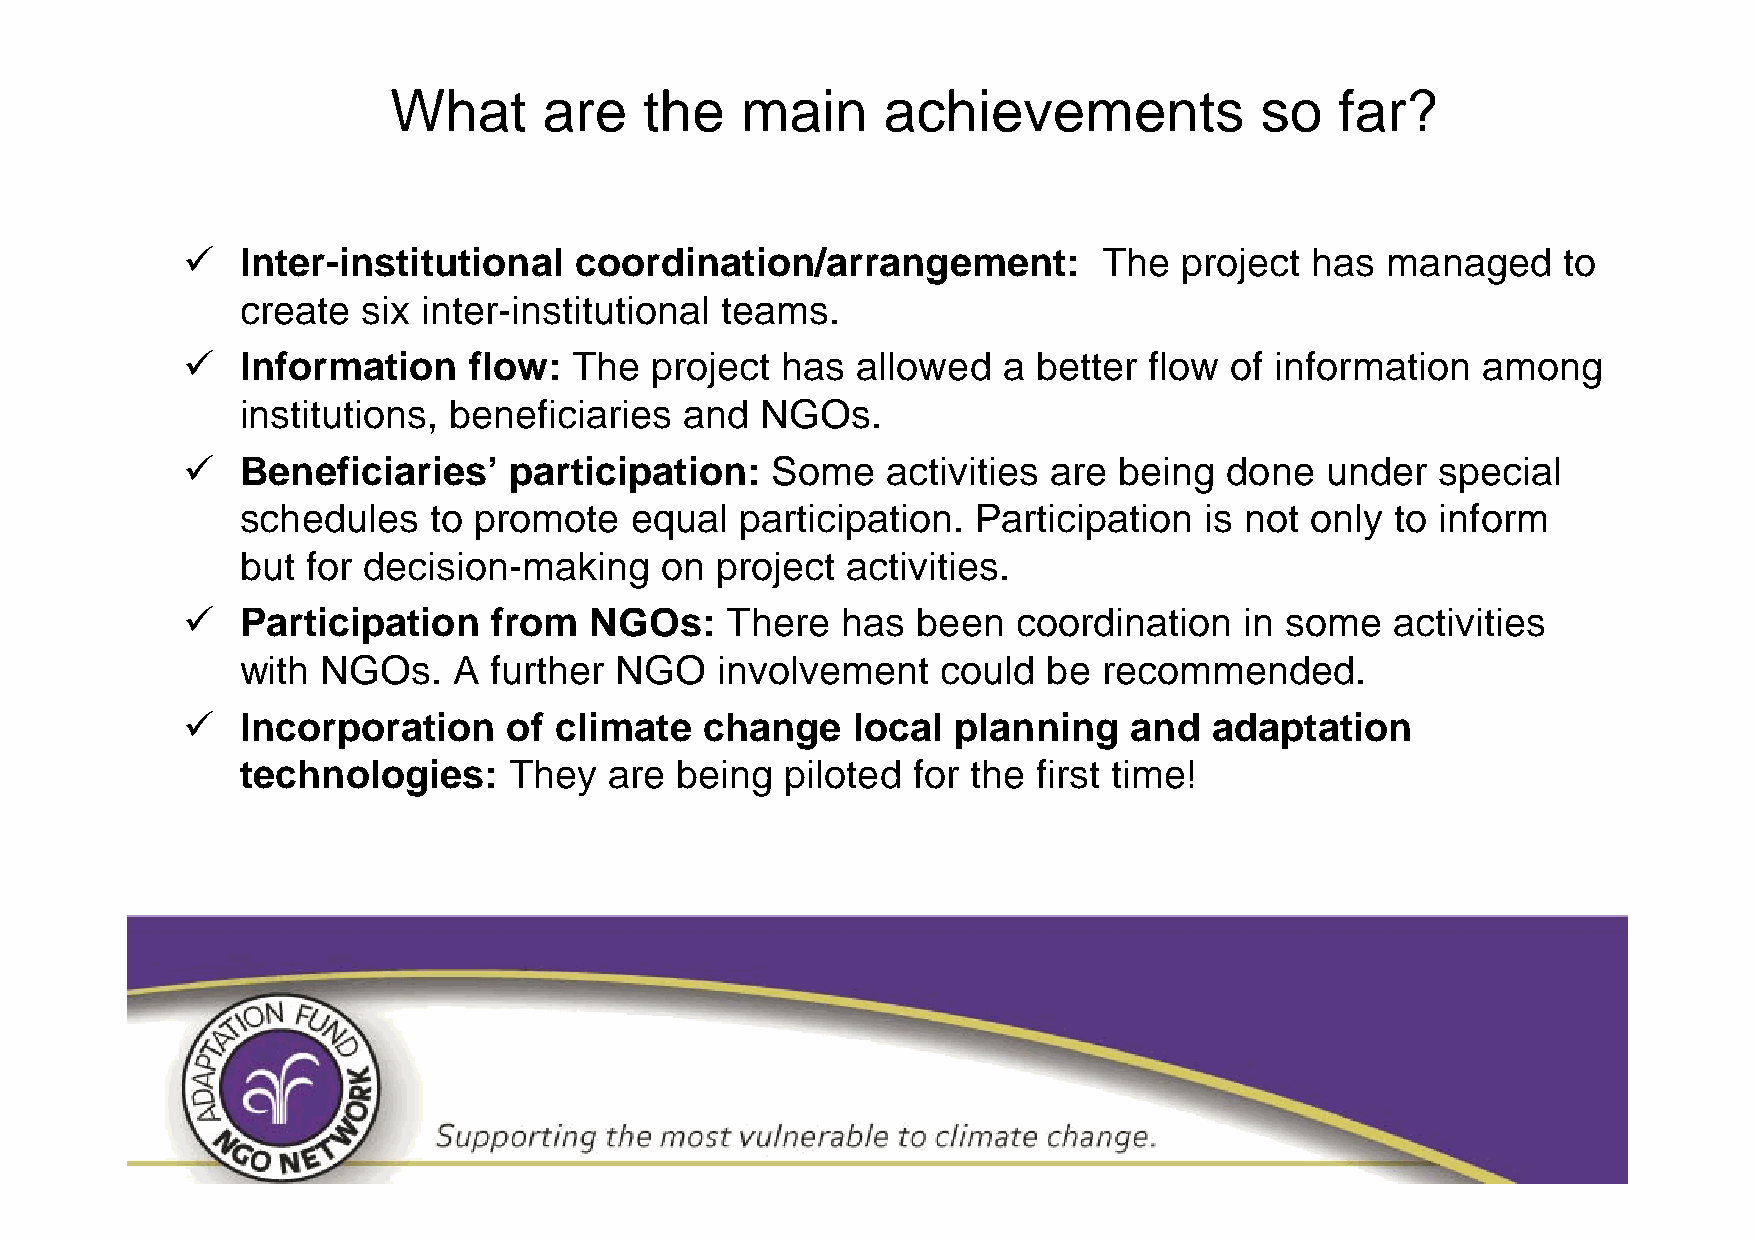
What      are    the   main     achievements             so    far?
    Inter-institutional   coordination/arrangement:          The  project  has  managed    to
 create  six inter-institutional teams.
    Information    flow:  The  project  has  allowed  a  better flow of information   among
 institutions, beneficiaries  and  NGOs.
    Beneficiaries’    participation:   Some    activities are being  done   under  special
 schedules   to promote    equal  participation.  Participation  is not only to inform
 but for decision-making     on project  activities.
    Participation   from   NGOs:    There   has  been  coordination   in some   activities
 with NGOs.    A further  NGO   involvement    could  be  recommended.
    Incorporation     of climate  change    local  planning    and  adaptation
 technologies:     They  are  being  piloted for the  first time!